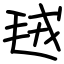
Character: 毧